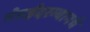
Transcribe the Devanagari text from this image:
चेन्नईदरम्यानचे